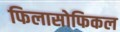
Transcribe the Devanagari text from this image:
फिलासोफिकल